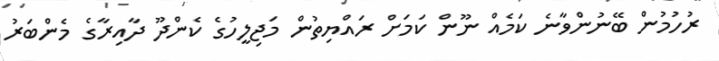
ރުހުމުން ބޭނުންވާނެ ކަމެއް ނޫން ކަމަށް ރައްޔިތުން މަޖިލީހުގެ ކެންދޫ ދާއިރާގެ މެންބަރު